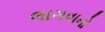
લાગવાનો